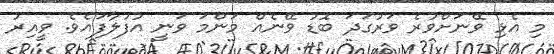
މި އެޅި ވޭނަށްވުރެ ވަރުގަދަ ބޮޑު ވޭނެއް މަންމަ ވަނީ އުފުލާފައެވެ. ވީއިރު